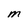
Character: M